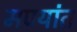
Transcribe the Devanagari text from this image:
मण्यांत